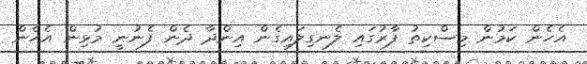
އެހެން ކަމުން މިސްކިތު ފާރުގައި ލެނގިލައިގެެން އިންދާ ދެން ފެނުނީ މުޅިން އެހެން